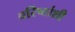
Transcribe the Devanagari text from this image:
वरिष्ठांशी